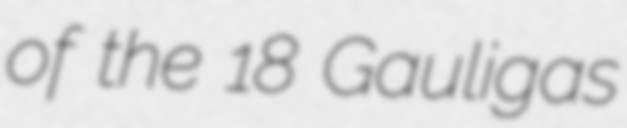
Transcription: of the 18 Gauligas